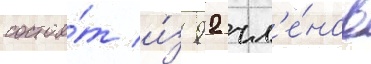
состои́т и́з 92 чл'е́нов